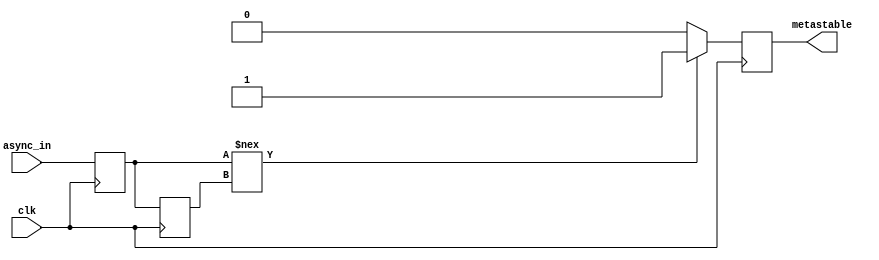
module metastability_detector (
    input wire clk,             // Clock signal
    input wire async_in,        // Asynchronous input signal
    output reg metastable       // Metastability detection output
);

// Internal signals for flip-flops
reg ff1_out;
reg ff2_out;

// Flip-flops for sampling the asynchronous input
always @(posedge clk) begin
    ff1_out <= async_in;       // First flip-flop samples async_in
    ff2_out <= ff1_out;        // Second flip-flop samples output of the first
end

// Metastability detection logic
always @(posedge clk) begin
    // Check if ff1_out changed state within one clock cycle
    if (ff1_out !== ff2_out) begin
        metastable <= 1'b1;     // Metastability detected
    end else begin
        metastable <= 1'b0;     // No metastability
    end
end

endmodule